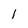
Character: 1